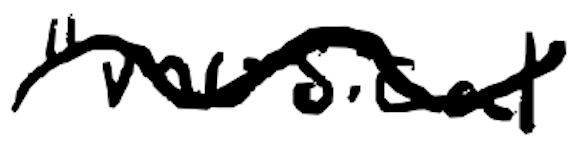
Text: "musical
Cross-out: wave
Writing tool: digital_black